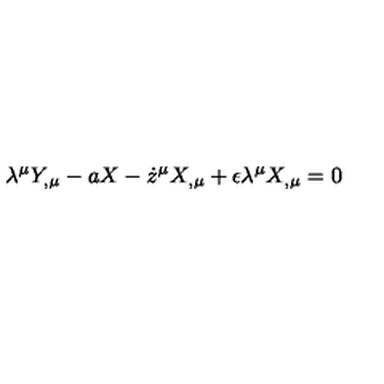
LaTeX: \lambda ^ { \mu } Y _ { , \mu } - a X - \dot { z } ^ { \mu } X _ { , \mu } + \epsilon \lambda ^ { \mu } X _ { , \mu } = 0